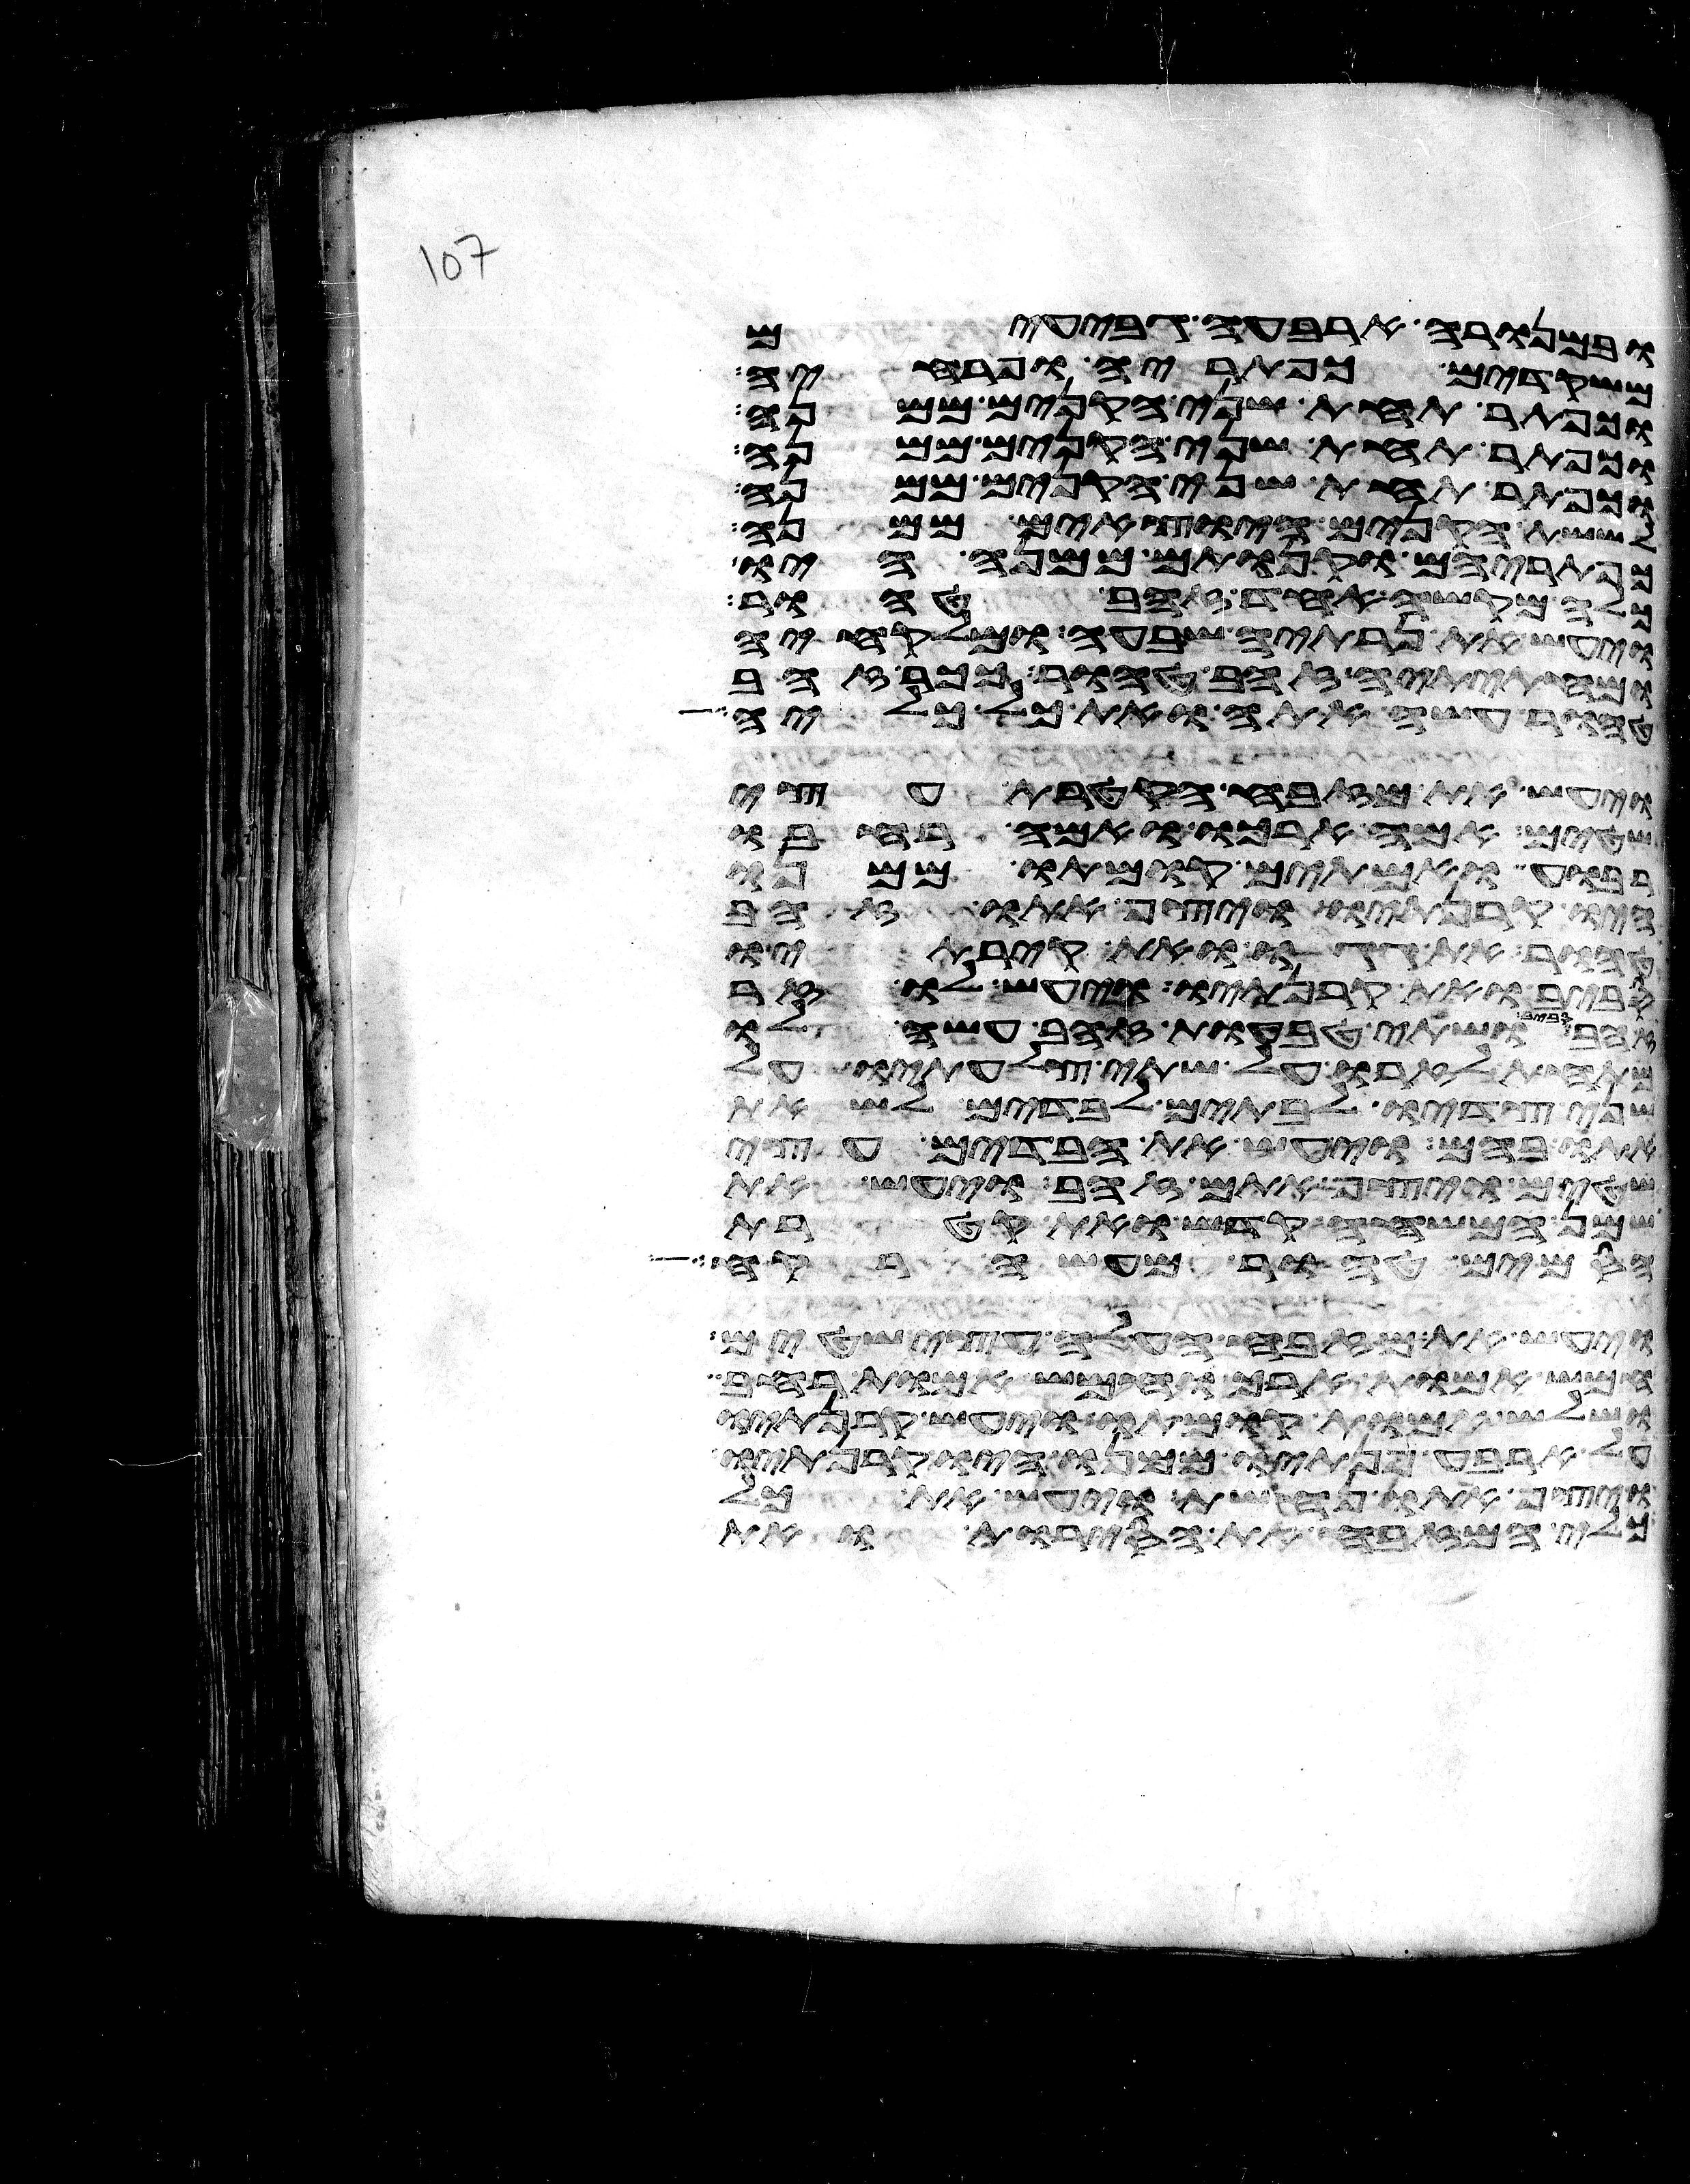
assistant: ובמנורה ארבעה גבעים
משקדים כפתריה ופרחיה
וכפתר תחת שני הקנים ממנה
וכפתר תחת שני הקנים ממנה
וכפתר תחת שני הקנים ממנה
לששת הקנים היצאים ממנה
כפתריהם וקנותם ממנה היו
כלה מקשה אחד זהב טהור
ויעש את נרתיה שבעה ומלקחיה
ומחתיתיה זהב טהור ככר זהב
טהור עשה אתה ואת כל כליה
ויעש את מזבח הקטרת עצי
שטים אמה ארכו ואמה רחבו
רבוע ואמתים קומתו ממנו
היו קרנתיו ויצף אתו זהב
טהור את גגו ואת קירתיו
סביב ואת קרנתיו ויעש לו זר
ושתי טבעות זהב עשה לו
מתחת לזרו על שתי צלעתיו על
שני צדיו לבתים לבדים לשאת
אתו בהם ויעש את הבדים עצי
שטים ויצף אתם זהב ויעש את
שמן המשחה קדש ואת קטרת
הסמים טהור מעשה רקח
ויעש את מזבח העלה עצי שטים
חמש אמות ארך וחמש אמות רחב
ושלש אמות קומתו ויעש קרנתיו
על ארבע פנתיו ממנו היו קרנתיו
ויצף אתו נחשת ויעש את כל
כלי המזבח את הסירות ואת